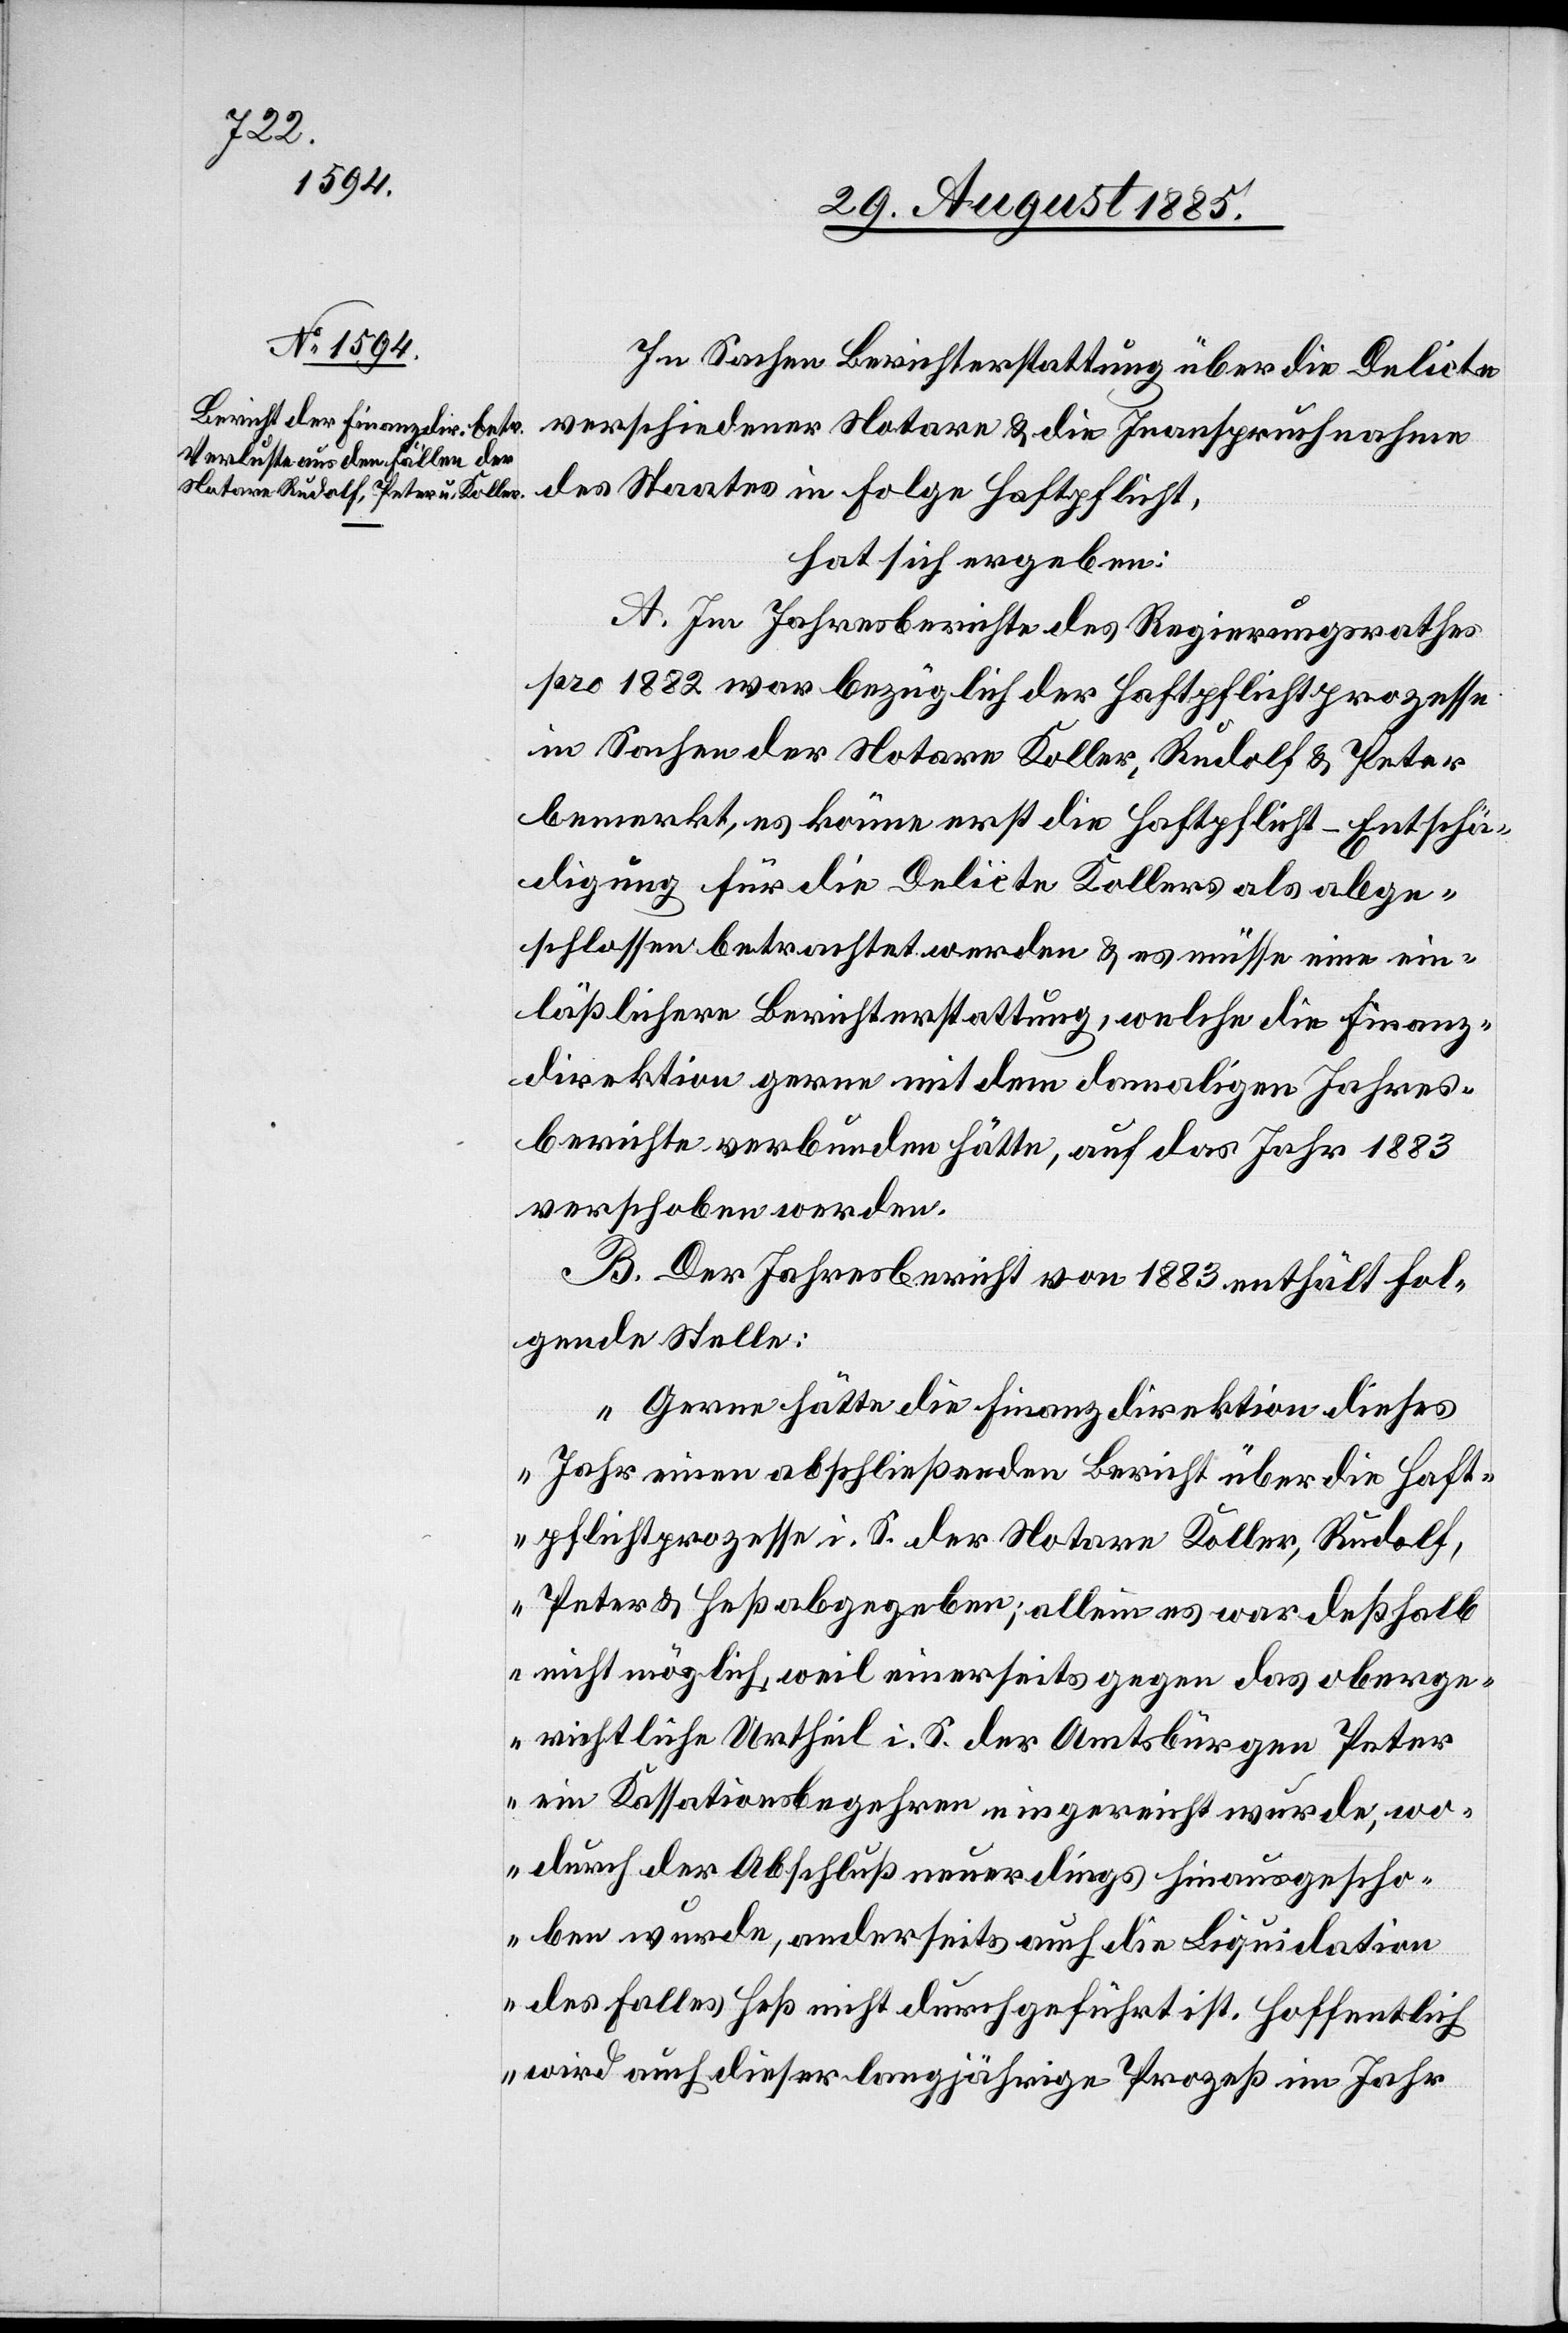
In Sachen der Berichterstattung über die Delicte
verschiedener Notare & die Inanspruchnahme
des Staates in Folge Haftpflicht,
hat sich ergeben:
A. Im Jahresberichte des Regierungsrathes
pro 1882 war bezüglich der Haftpflichtprozesse
in Sachen der Notare Koller, Rudolf & Peter
bemerkt, es könne erst die Haftpflicht-Entschä¬
digung für die Delicte Kollers als abge¬
schlossen betrachtet werden & es müsse eine ein¬
läßlichere Berichterstattung, welche die Finanz¬
direktion gerne mit dem damaligen Jahres¬
berichte verbunden hätte, auf das Jahr 1883
verschoben werden.
B. Der Jahresbericht von 1883 enthält fol¬
gende Stelle:
„Gerne hätte die Finanzdirektion dieses
Jahr einen abschließenden Bericht über die Haft¬
pflichtprozesse i. S. der Notare Koller, Rudolf,
Peter & Heß abgegeben; allein es war deßhalb
nicht möglich, weil einerseits gegen das oberge¬
richtliche Urtheil i. S. der Amtsbürgen Peter
ein Kassationsbegehren eingereicht wurde, wo¬
durch der Abschluß neuerdings hinausgescho¬
ben wurde, anderseits auch die Liquidation
des Falles Heß nicht durchgeführt ist. Hoffentlich
wird auch dieser langjährige Prozeß im Jahr